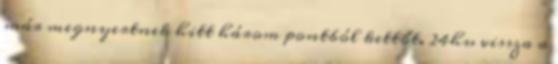
már megnyertnek hitt három pontból kettőt. 24hu vissza a